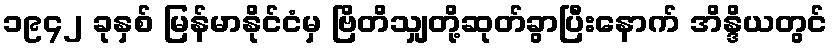
၁၉၄၂ ခုနှစ် မြန်မာနိုင်ငံမှ ဗြိတိသျှတို့ဆုတ်ခွာပြီးနောက် အိန္ဒိယတွင်